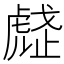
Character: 𧇒